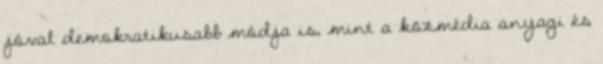
jóval demokratikusabb módja is, mint a közmédia anyagi és